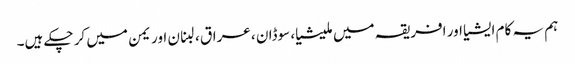
ہم یہ کام ایشیا اور افریقہ میں ملیشیا، سوڈان ، عراق ، لبنان اور یمن میں کر چکے ہیں۔